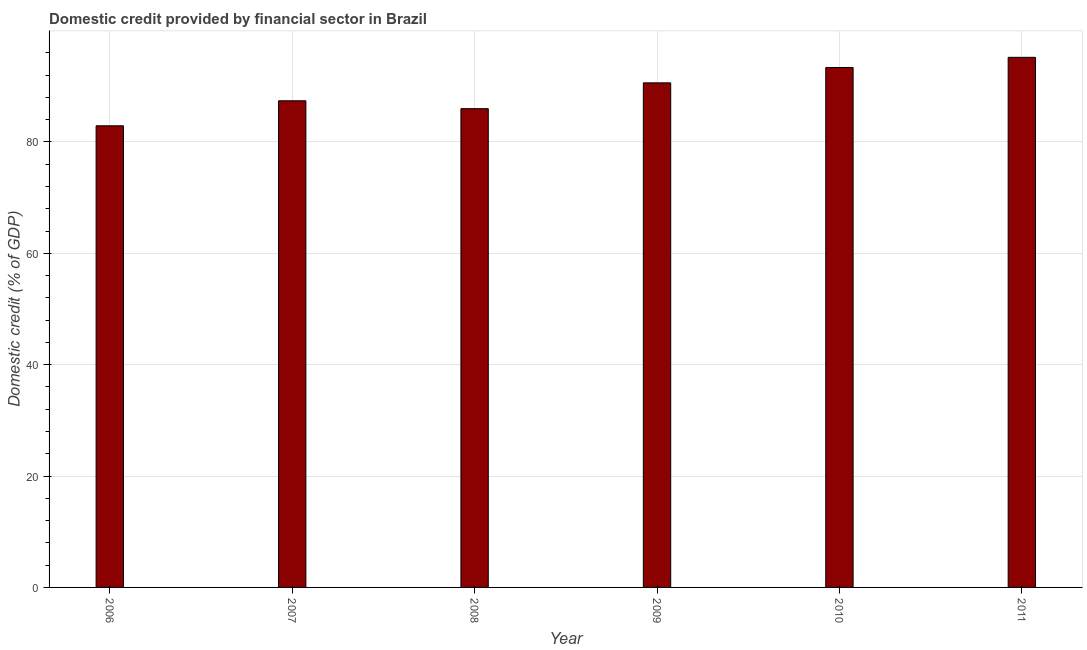
| Year | Domestic credit provided by financial sector |
 | --- | --- |
 | 2006 | 82.9 |
 | 2007 | 87.4 |
 | 2008 | 86 |
 | 2009 | 90.6 |
 | 2010 | 93.4 |
 | 2011 | 95.2 |